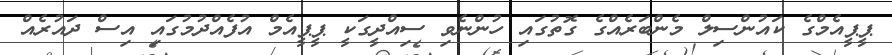
ޕީޕީއެމްގެ ކައުންސިލް މެންބަރެއްގެ ގޮތުގައި ހުންނެވި ސިއްދީގަކީ ޕީޕީއެމް އުފެއްދުމުގައި އިސް ދައުރެއް